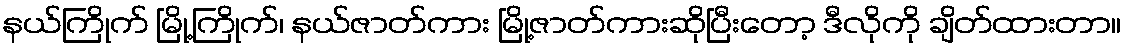
နယ်ကြိုက် မြို့ကြိုက်၊ နယ်ဇာတ်ကား မြို့ဇာတ်ကားဆိုပြီးတော့ ဒီလိုကို ချိတ်ထားတာ။